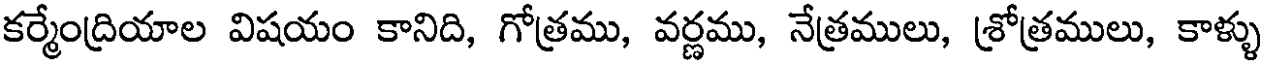
కర్మేంద్రియాల విషయం కానిది, గోత్రము, వర్ణము, నేత్రములు, శ్రోత్రములు, కాళ్ళు